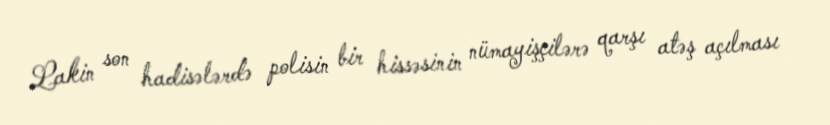
Lakin son hadisələrdə polisin bir hissəsinin nümayişçilərə qarşı atəş açılması